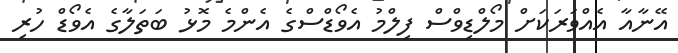
އޭނާއާ އެއްވަރަކަށް މޯލްޑިވްސް ފިލްމު އެވޯޑްސްގެ އެންމެ މޮޅު ބަތަލާގެ އެވޯޑް ހުރި